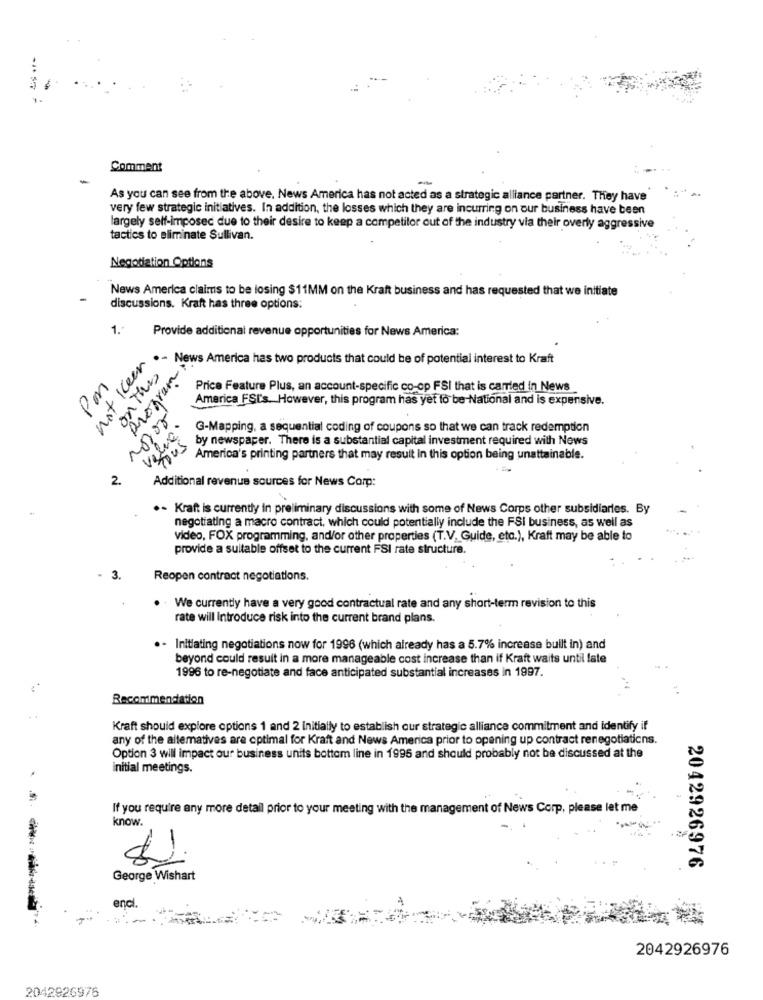
Comment
As you can see from the above. News America has not acted as a strategic alliance partner. They have
very few strategic initiatives. In addition, the losses which they are incurring on our business have been
largely self-imposec due to their desire to keep a competitor out of the industry via their overly aggressive
tactics to eliminate Sullivan.
Negotiation Options
News America claims to be losing $11MM on the Kraft business and has requested that we initiate
discussions. Kraft has three options:
1.
Provide additional revenue opportunities for News America:
not Keer.
.- News America has two products that could be of potential interest to Kraft
Program
Pm
Price Feature Plus, an account-specific co-op FSI that is carried in News
America FSI's. However, this program has yet to be -National and is expensive.
value
G-Mapping, a sequential coding of coupons so that we can track redemption
by newspaper. There is a substantial capital investment required with News
nous
America's printing partners that may result in this option being unattainable.
2
Additional revenue sources for News Corp:
.- Kraft is currently in preliminary discussions with some of News Corps other subsidiaries. By
negotiating a macro contract, which could potentially include the FSI business, as well as
video, FOX programming, and/or other properties (T.V. Guide, etc.), Kraft may be able to
provide a suitable offset to the current FSI rate structure.
- 3.
Reopen contract negotiations.
We currently have a very good contractual rate and any short-term revision to this
rate will Introduce risk into the current brand plans.
.- Initiating negotiations now for 1996 (which already has a 5.7% increase built in) and
beyond could result in a more manageable cost increase than if Kraft waits until late
1996 to re-negotiate and face anticipated substantial increases in 1997.
Recommendation
Kraft should explore options 1 and 2 initially to establish our strategic alliance commitment and identify if
any of the alternatives are optimal for Kraft and News America prior to opening up contract renegotiations.
Option 3 will impact our business units bottom line in 1995 and should probably not be discussed at the
initial meetings.
If you require any more detail prior to your meeting with the management of News Corp, please let me
know.
2042926976
George Wishart
enci
*
2042926976
2042826976